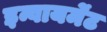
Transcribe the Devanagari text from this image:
इन्वायर्मेंट